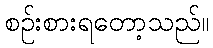
စဉ်းစားရတော့သည်။